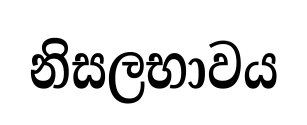
නිසලභාවය